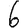
Digit: 6